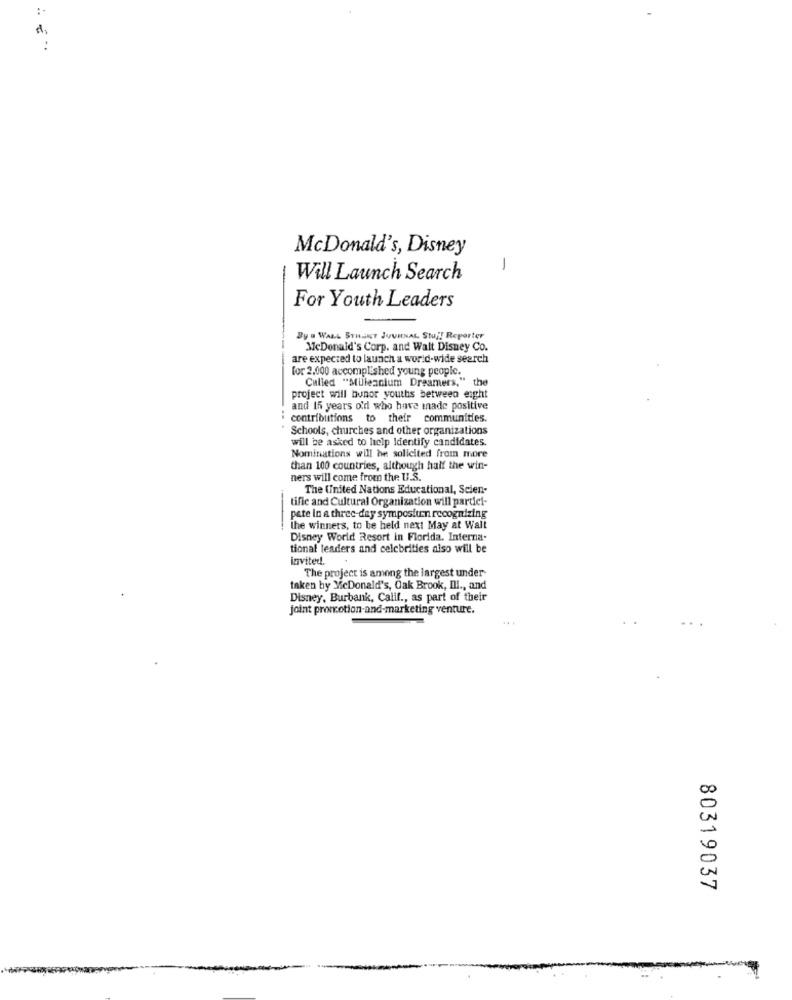
:.
:
McDonald's, Disney
1
Will Launch Search
For Youth Leaders
By a WALL STREET JOURNAL Stuj! Reporter
McDonald's Corp. and Walt Disney Co.
are expected to launch a world-wide search
for 2.000 accomplished young people.
Called "Mulleanium Dreamers," the
project will bunor youths between eight
and I5 years old who have made positive
contributions to their communities.
Schools, churches and other organizations
will be asked to help Identify candidates.
Nominations will he solicited from more
than 100 countries, although half the win-
ners will come from the U.S.
The United Nations Educational, Scien-
tific and Cultural Organization will partiel-
pate In a three-day symposiumn recognizing
the winners, to be held next May at Wall
Disney World Resort in Florida. Interna-
tional leaders and celebrities also will be
invited.
The project is among the largest under
taken by McDonald's, Oak Brook, Ill ., and
Disney, Burbank, Calif ., as part of their
joint promotion-and-marketing venture.
80319037